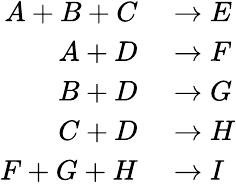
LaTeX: \begin{array}{rl}{A+B+C}&{{}\rightarrow E}\\ {A+D}&{{}\rightarrow F}\\ {B+D}&{{}\rightarrow G}\\ {C+D}&{{}\rightarrow H}\\ {F+G+H}&{{}\rightarrow I}\end{array}